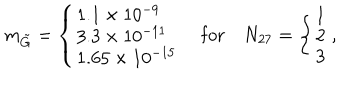
m _ { \tilde { G } } = \left\{ \left\{ \begin{cases} { { 1 . 1 \times 1 0 ^ { - 9 } } } \\ { { 3 . 3 \times 1 0 ^ { - 1 1 } } } \\ { { 1 . 6 5 \times 1 0 ^ { - 1 5 } } } \\ \end{cases} \right. \right. \quad \mathrm { f o r } \quad N _ { 2 7 } = \left\{ \left\{ \begin{cases} { { 1 } } \\ { { 2 } } \\ { { 3 } } \\ \end{cases} \right. \right. ,